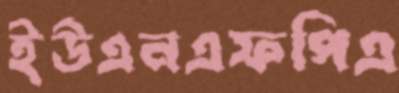
ইউএনএফপিএ